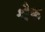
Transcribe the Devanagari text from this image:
श्वैक